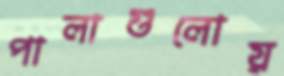
পালাগুলোয়